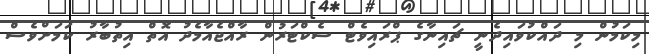
މިކަމުން މި ދައްކުވައިދެނީ ޗައިނާގެ ޕްރައިވެޓް ސެކްޓަރުން ރާއްޖެއާމެދު އޮތް އިތުބާރު ކަމަށްވެސް